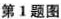
第1题图